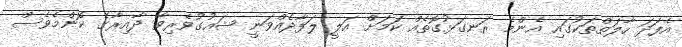
އެފަދަ ހާލަތްތަކުގައި އެންމެ ރަނގަޅުގޮތެއް ކަމަށް އަލީ ލަފާދެއްވަނީ ޝައުގުވެރިވާ ދާއިރާގެ ކޮންމެވެސް